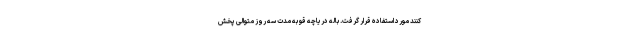
کنند مورد استفاده قرار گرفت. باله دریاچه قو به مدت سه روز متوالی پخش